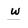
Character: w